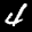
Label: 4